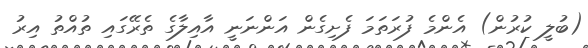
(ބުލީ ކުރުން) އެންމެ ފުރަތަމަ ފެށިގެން އަންނަނީ އާއިލާގެ ތެރޭގައި ތުއްތު އިރު